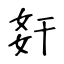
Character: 姧